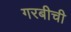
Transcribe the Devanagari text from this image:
गरबीची